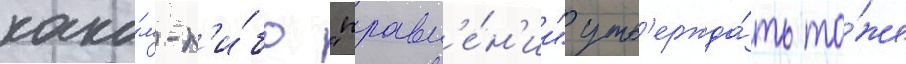
како́м-л'и́бо "правл'е́н'ии" утв'ержда́ть то́же